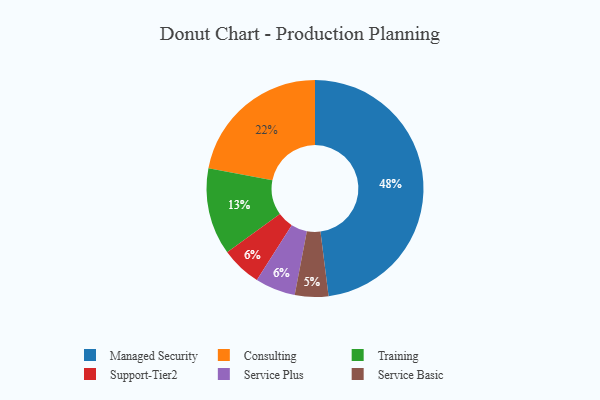
{"axis": {"x": "Category", "y": "Percentage"}, "legend": ["Consulting", "Managed Security", "Service Basic", "Service Plus", "Support-Tier2", "Training"], "data": [{"x": "Support-Tier2", "y": 6, "type": "Support-Tier2"}, {"x": "Managed Security", "y": 48, "type": "Managed Security"}, {"x": "Service Plus", "y": 6, "type": "Service Plus"}, {"x": "Training", "y": 13, "type": "Training"}, {"x": "Consulting", "y": 22, "type": "Consulting"}, {"x": "Service Basic", "y": 5, "type": "Service Basic"}]}